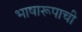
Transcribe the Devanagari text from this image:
भाषारूपाची